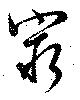
窮